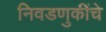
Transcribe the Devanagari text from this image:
निवडणुकींचे